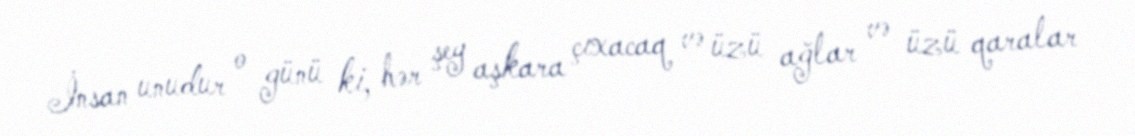
İnsan unudur o günü ki, hər şey aşkara çıxacaq və üzü ağlar və üzü qaralar